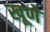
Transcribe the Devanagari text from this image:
खूणे